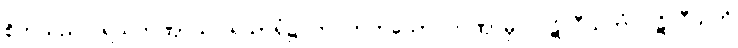
စိတ်သည်။ ရသတဏှာယ၊ ရသာရုံ၌ တပ်တတ်သော တဏှာမှ။ ပဋိလီယတံ ပဋိလီယတိ